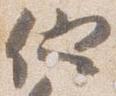
他